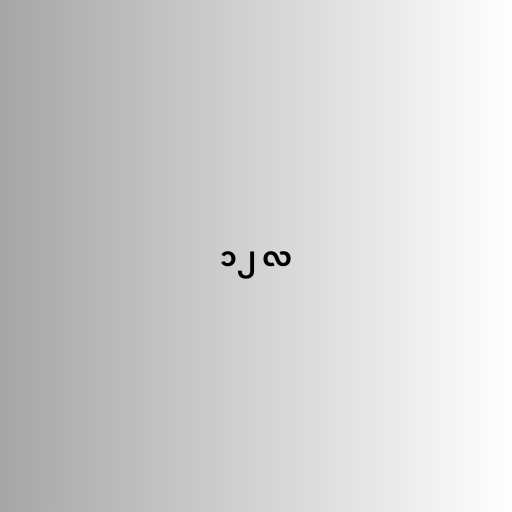
၁၂ လ